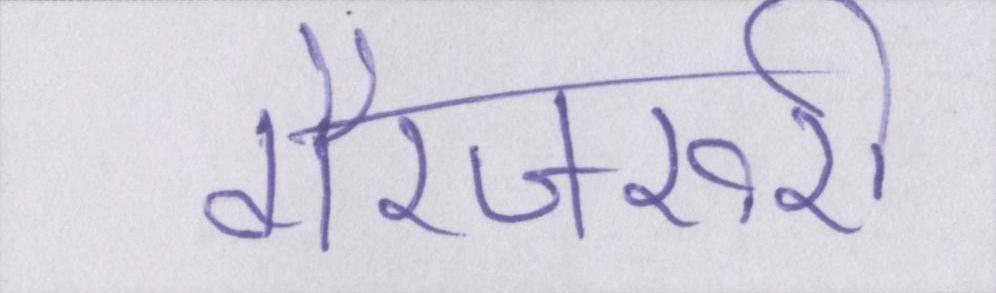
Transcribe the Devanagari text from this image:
गैरजरूरी